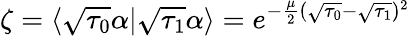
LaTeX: \zeta=\langle\sqrt{\tau_{0}}\alpha|\sqrt{\tau_{1}}\alpha\rangle=e^{-\frac{\mu}{2}(\sqrt{\tau_{0}}-\sqrt{\tau_{1}})^{2}}